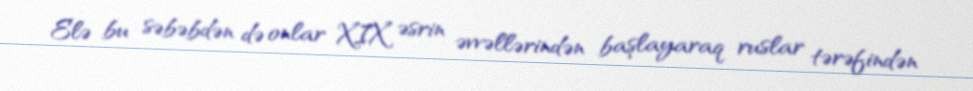
Elə bu səbəbdən də onlar XIX əsrin əvvəllərindən başlayaraq ruslar tərəfindən